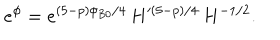
LaTeX: e ^ { \phi } = e ^ { ( 5 - p ) \phi _ { B 0 } / 4 } \, H ^ { ( 5 - p ) / 4 } \, H ^ { - 1 / 2 } .